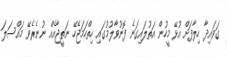
ގަވައިދާ ހިލާފަށް އުޅޭ މީހުން އަތުލައިގަނެ ފޮނުވާލުމުގައި ހިތްހަމަޖެހޭ ނަތީޖާއެއް ނުނެރެވޭ މައްސަލަ